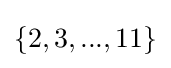
\{2,3,...,11\}